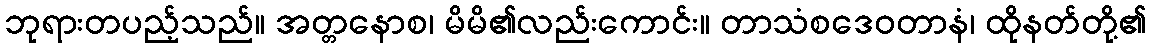
ဘုရားတပည့်သည်။ အတ္တနောစ၊ မိမိ၏လည်းကောင်း။ တာသံစဒေဝတာနံ၊ ထိုနတ်တို့၏